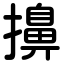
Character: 擤